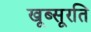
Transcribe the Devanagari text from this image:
खूब्सूरति